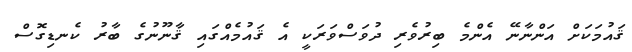
ޤައުމަކަށް އަންނާނޭ އެންމެ ބިރުވެރި ދުވަސްވަރަކީ އެ ޤައުމެއްގައި ޤާނޫނުގެ ބާރު ކެނޑިގޮސް